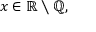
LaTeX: x \in \mathbb { R } \smallsetminus \mathbb { Q } ,